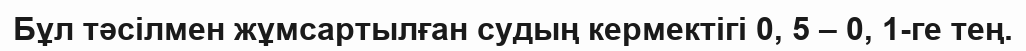
Бұл тәсілмен жұмсартылған судың кермектігі 0, 5 – 0, 1-ге тең.